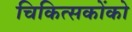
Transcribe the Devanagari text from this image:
चिकित्सकोंको